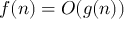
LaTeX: f ( n ) = O ( g ( n ) )